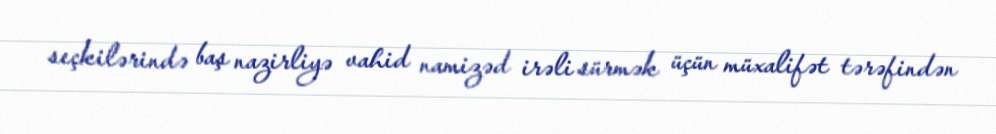
seçkilərində baş nazirliyə vahid namizəd irəli sürmək üçün müxalifət tərəfindən